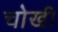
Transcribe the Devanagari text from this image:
चोखी